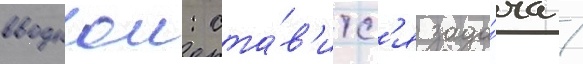
вводнои: ста́в'итс'я зада́ча /